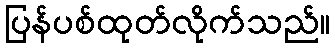
ပြန်ပစ်ထုတ်လိုက်သည်။